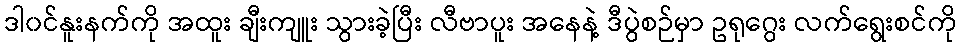
ဒါ၀င်နူးနက်ကို အထူး ချီးကျူး သွားခဲ့ပြီး လီဗာပူး အနေနဲ့ ဒီပွဲစဉ်မှာ ဥရုဂွေး လက်ရွေးစင်ကို